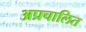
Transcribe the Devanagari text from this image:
अप्रचालित